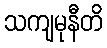
သကျမုနီတိ